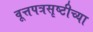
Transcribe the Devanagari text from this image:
वूत्तपत्रसृष्टीच्या